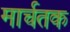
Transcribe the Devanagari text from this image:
मार्चतक